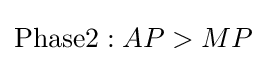
{\text{Phase2}}:AP>MP